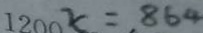
1 2 0 0 x = 8 6 4